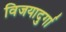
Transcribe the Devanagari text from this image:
विजयादुर्गा